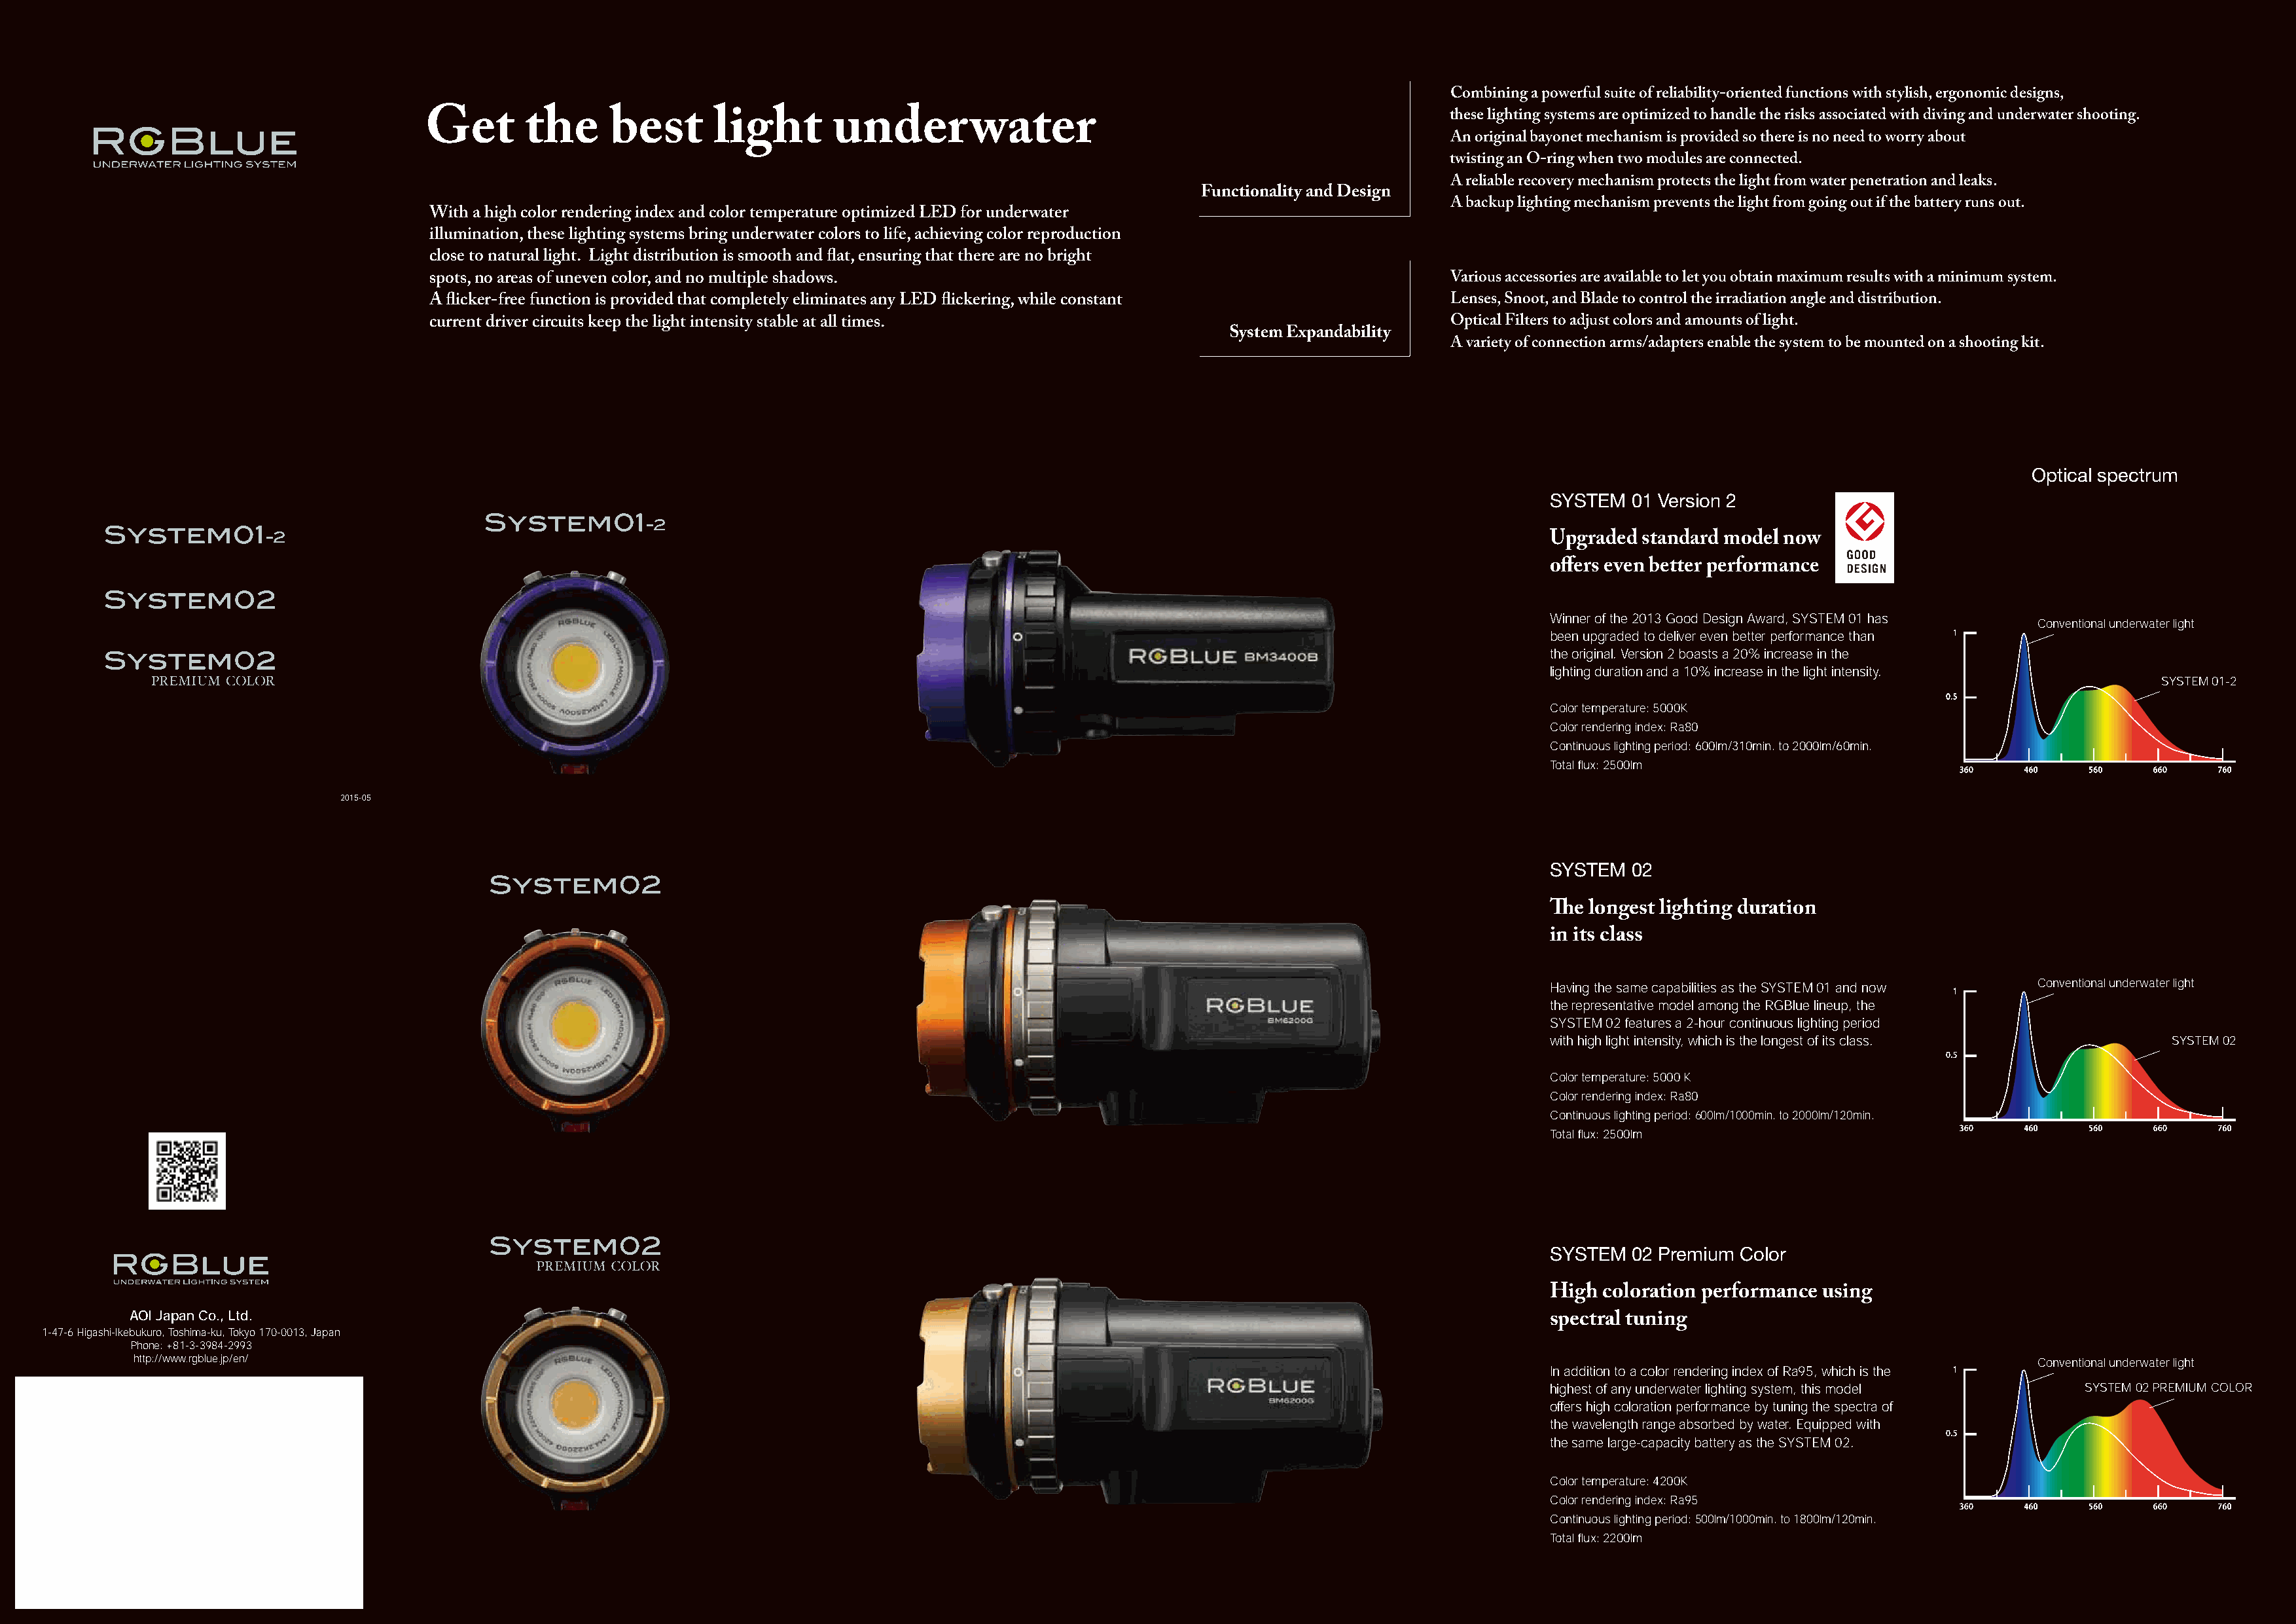
▶
 Combining a powerful suite of reliability-oriented functions with stylish, ergonomic designs,
 these lighting systems are optimized to handle the risks associated with diving andunderwater shooting.
 Get       the      best      light       underwater
 ▶
 An original bayonet mechanism is provided so there is no need to worry about
 twisting an O-ring when two modules are connected.
 ▶
 A reliable recovery mechanism protects the light from water penetration and leaks.
 Functionality and Design
 ▶
 A backup lighting mechanism prevents the light from going out if the battery runs out.
 With a high color rendering index and color temperature optimized LED for underwater
 illumination, these lighting systems bring underwater colors to life, achieving color reproduction
 close to natural light. Light distribution is smooth and flat, ensuring that there are no bright
 ▶
 spots, no areas of uneven color, and no multiple shadows.                                               Various accessories are available to let you obtain maximum results with a minimum system.
 ▶
 A flicker-free function is provided that completely eliminates any LED flickering, while constant       Lenses, Snoot, and Blade to control the irradiation angle and distribution.
 ▶
 current driver circuits keep the light intensity stable at all times.                                   Optical Filters to adjust colors and amounts of light.
 System Expandability
 ▶
 A variety of connection arms/adapters enable the system to be mounted on a shooting kit.
 Optical spectrum
 SYSTEM  01 Version 2
 Upgraded standard model now
 offers even better performance
 Winner of the 2013 Good Design Award, SYSTEM 01 has
 Conventional underwater light
 been upgraded to deliver even better performance than
 the original. Version 2 boasts a 20% increase in the
 lighting duration and a 10% increase in the light intensity.
 SYSTEM 01-2
 Color temperature: 5000K
 Color rendering index: Ra80
 Continuous lighting period: 600lm/310min. to 2000lm/60min.
 Total flux: 2500lm
 2015-05
 SYSTEM  02
 The longest lighting duration
 in its class
 Having the same capabilities as the SYSTEM 01 and now Conventional underwater light
 the representative model among the RGBlue lineup, the
 SYSTEM 02 features a 2-hour continuous lighting period
 with high light intensity, which is the longest of its class.  SYSTEM 02
 Color temperature: 5000 K
 Color rendering index: Ra80
 Continuous lighting period: 600lm/1000min. to 2000lm/120min.
 Total flux: 2500lm
 SYSTEM  02 Premium Color
 High coloration performance using
 AOI Japan Co., Ltd.
 spectral tuning
 1-47-6 Higashi-Ikebukuro, Toshima-ku, Tokyo 170-0013, Japan
 Phone: +81-3-3984-2993
 http://www.rgblue.jp/en/                                                                                                                                                                        Conventional underwater light
 In addition to a color rendering index of Ra95, which is the
 highest of any underwater lighting system, this model SYSTEM 02 PREMIUM COLOR
 offers high coloration performance by tuning the spectra of
 the wavelength range absorbed by water. Equipped with
 the same large-capacity battery as the SYSTEM 02.
 Color temperature: 4200K
 Color rendering index: Ra95
 Continuous lighting period: 500lm/1000min. to 1800lm/120min.
 Total flux: 2200lm